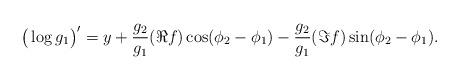
\begin{align*} \big( \log g_1 \big)' = y + \frac{g_2}{g_1} (\Re f) \cos (\phi_2 - \phi_1) - \frac{g_2}{g_1}(\Im f) \sin (\phi_2 - \phi_1).\end{align*}